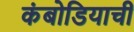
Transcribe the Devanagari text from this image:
कंबोडियाची